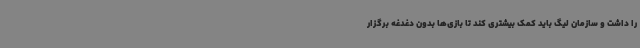
را داشت و سازمان لیگ باید کمک بیشتری کند تا بازی‌ها بدون دغدغه برگزار